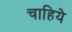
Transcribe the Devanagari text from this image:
चाहिये